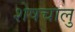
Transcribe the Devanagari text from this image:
शेषचालु